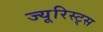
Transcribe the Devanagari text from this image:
ज्यूरिस्ट्स